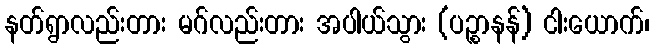
နတ်ရွာလည်းတား မဂ်လည်းတား အပါယ်သွား (ပဉ္စာနန်) ငါးယောက်၊